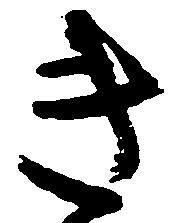
き